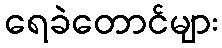
ရေခဲတောင်များ